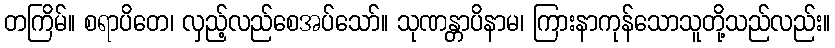
တကြိမ်။ စရာပိတေ၊ လှည့်လည်စေအပ်သော်။ သုဏန္တာပိနာမ၊ ကြားနာကုန်သောသူတို့သည်လည်း။